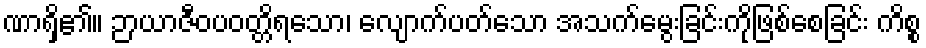
ဏာရှိ၏။ ဉာယာဇီဝပဝတ္တိရသော၊ လျောက်ပတ်သော အသက်မွေးခြင်းကိုဖြစ်စေခြင်း ကိစ္စ